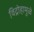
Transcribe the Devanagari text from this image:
विद्रोहामुळे